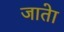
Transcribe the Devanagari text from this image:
जातेा